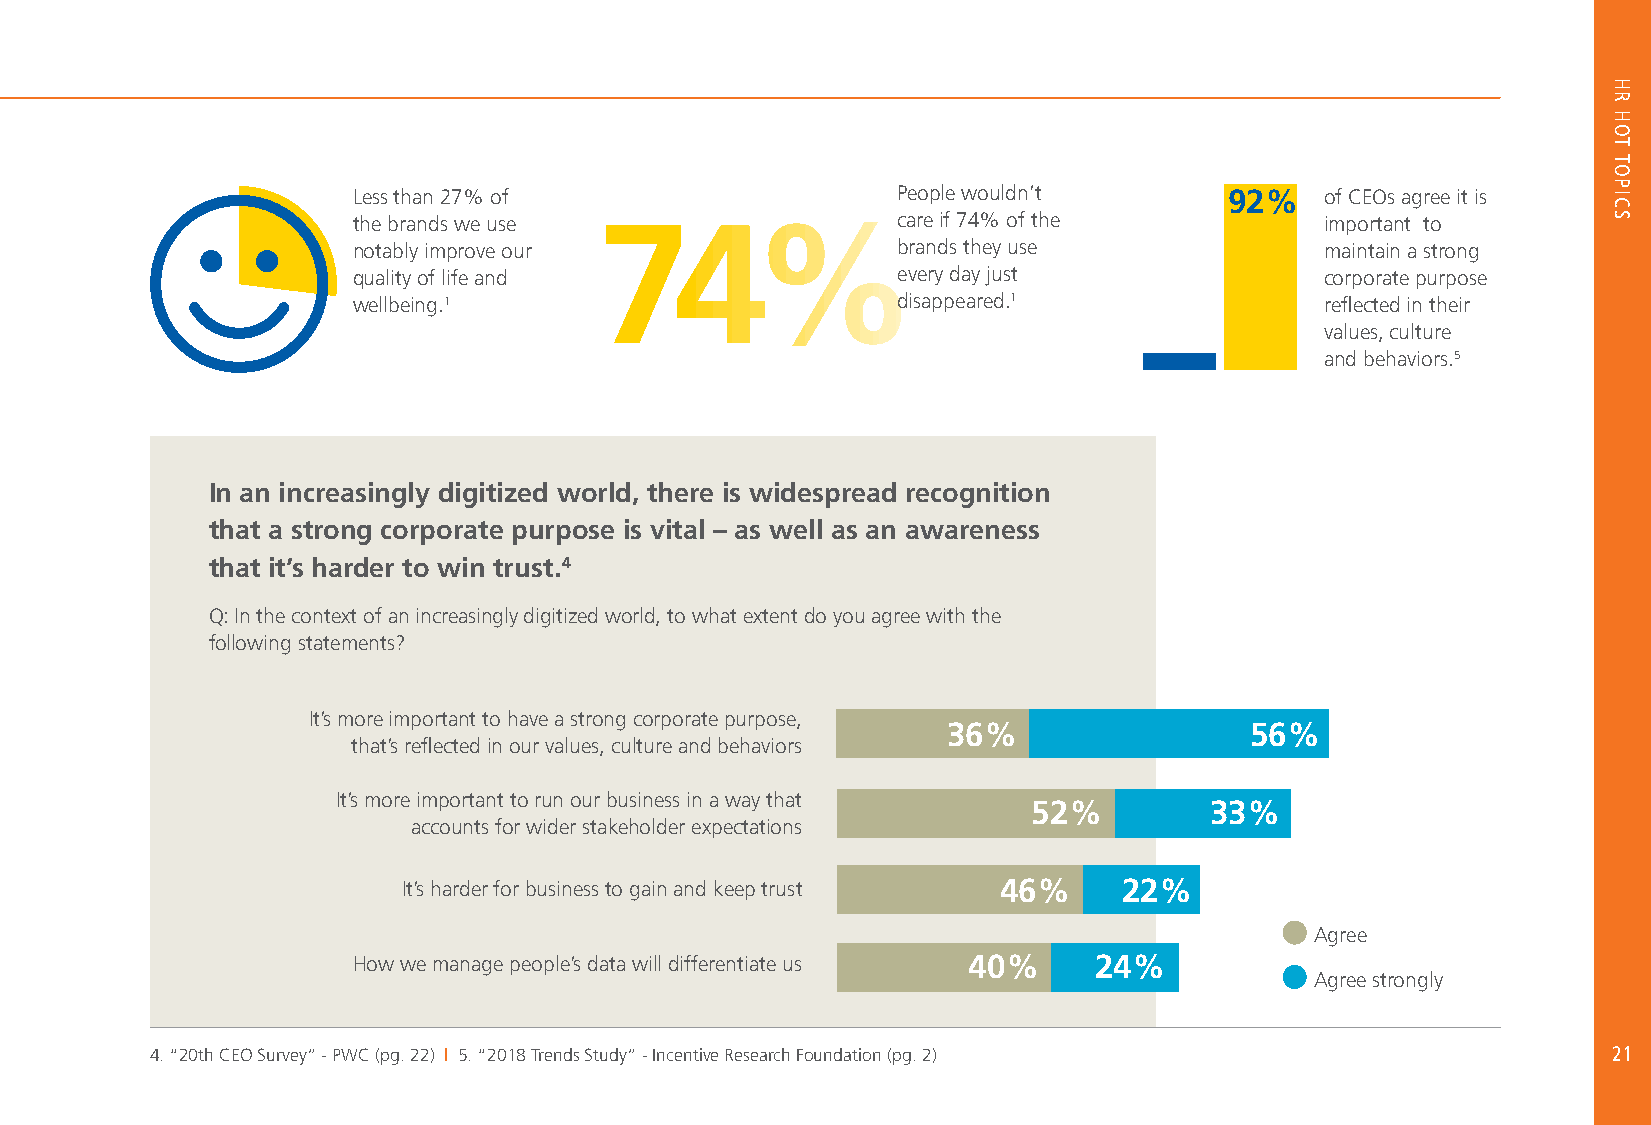
Less than 27% of                    People wouldn’t       92%    of CEOs agree it is
 the brands we use 74%care              if 74% of the             important to
 notably improve our                 brands they use              maintain a strong
 quality of life and                 every day just               corporate purpose
 wellbeing.1                         disappeared.1                reflected in their
 values, culture
 and behaviors.5
 In an increasingly digitized world, there is widespread recognition
 that a strong corporate purpose is vital – as well as an awareness
 that it’s harder to win trust.4
 Q: In the context of an increasingly digitized world, to what extent do you agree with the
 following statements?
 It’s more important to have a strong corporate purpose,
 36%                 56%
 that’s reflected in our values, culture and behaviors
 It’s more important to run our business in a way that
 52%         33%
 accounts for wider stakeholder expectations
 It’s harder for business to gain and keep trust 46% 22%
 Agree
 How we manage people’s data will differentiate us 40% 24%
 Agree strongly
 4. “20th CEO Survey” - PWC (pg. 22) | 5. “2018 Trends Study” - Incentive Research Foundation (pg. 2) 21
 HR
 HOT
 TOPICS